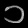
Digit: ၁